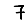
Digit: 7